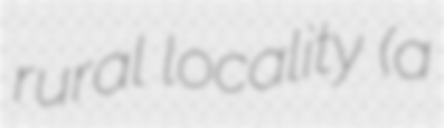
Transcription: rural locality (a